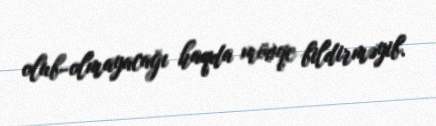
olub-olmayacağı haqda mövqe bildirməyib.